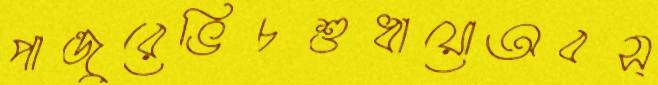
পান্ডুরেভিচশুধায়োঅবস্